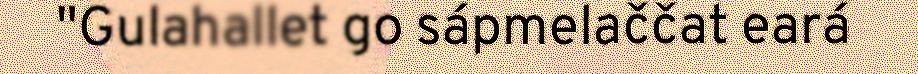
"Gulahallet go sápmelaččat eará